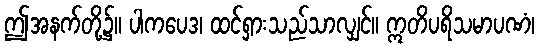
ဤအနက်တို့၌။ ပါကပေဒ၊ ထင်ရှားသည်သာလျှင်။ ဣတိပရိသမာပဏံ၊